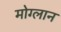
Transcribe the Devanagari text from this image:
मोग्लान